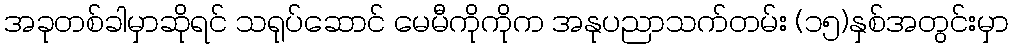
အခုတစ်ခါမှာဆိုရင် သရုပ်ဆောင် မေမီကိုကိုက အနုပညာသက်တမ်း (၁၅)နှစ်အတွင်းမှာ